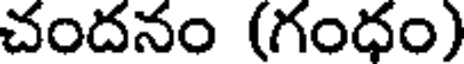
చందనం (గంధం)